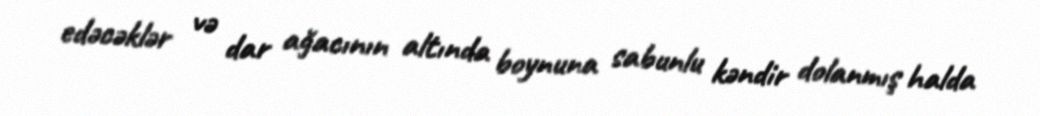
edəcəklər və dar ağacının altında boynuna sabunlu kəndir dolanmış halda